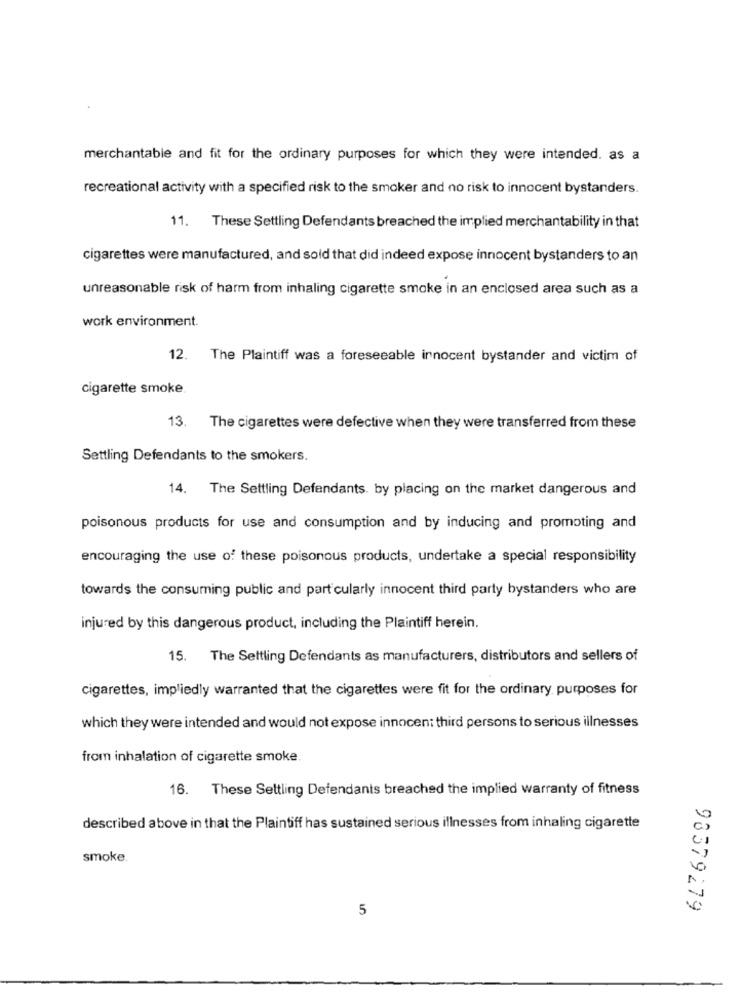
merchantable and fit for the ordinary purposes for which they were intended. as a
recreational activity with a specified risk to the smoker and no risk to innocent bystanders.
11. These Settling Defendants breached the implied merchantability in that
cigarettes were manufactured, and sold that did indeed expose innocent bystanders to an
unreasonable risk of harm from inhaling cigarette smoke in an enclosed area such as a
work environment.
12. The Plaintiff was a foreseeable innocent bystander and victim of
cigarette smoke
13. The cigarettes were defective when they were transferred from these
Settling Defendants to the smokers.
14. The Settling Defendants. by placing on the market dangerous and
poisonous products for use and consumption and by inducing and promoting and
encouraging the use of these poisonous products, undertake a special responsibility
towards the consuming public and part cularly innocent third party bystanders who are
injured by this dangerous product, including the Plaintiff herein.
15. The Settling Defendants as manufacturers, distributors and sellers of
cigarettes, impliedly warranted that the cigarettes were fit for the ordinary purposes for
which they were intended and would not expose innocent third persons to serious illnesses
from inhalation of cigarette smoke.
16. These Settling Defendants breached the implied warranty of fitness
described above in that the Plaintiff has sustained serious illnesses from inhaling cigarette
smoke.
5
93379279